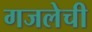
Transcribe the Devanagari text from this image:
गजलेची